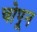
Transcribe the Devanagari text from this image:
चोपून